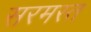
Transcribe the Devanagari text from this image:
सरमस्त